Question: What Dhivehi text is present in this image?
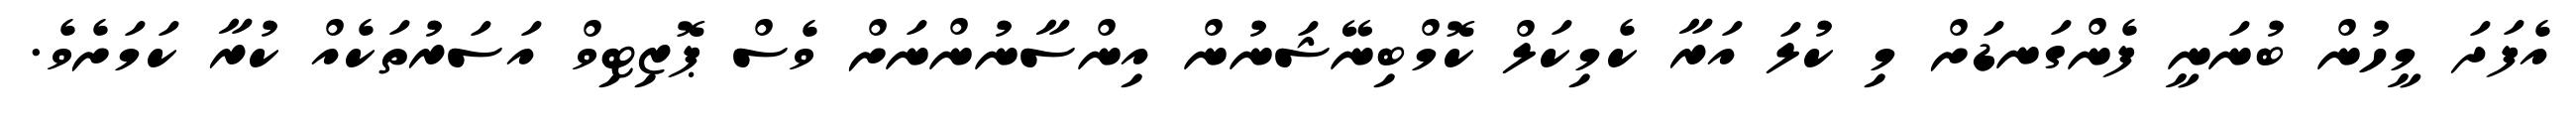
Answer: އެފަދަ މީހުން ބުނަނީ ފެންގަނޑަށް މި ކުލަ އަރާ ކެމިކަލް ކޮމްބިނޭޝަނުން އިންސާނުންނަށް ވެސް ޕޮޒިޓިވް އަސަރުތަކެއް ކުރާ ކަމަށެވެ.